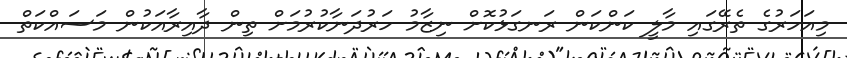
މިއަހަރުގެ ތެރޭގައި މާލީ ކަންކަން ރަނގަޅުކޮށް ނިޒާމު ހަރުދަނާކުރުމަށް ތިން ދާއިރާއަކުން މަސައްކަތް